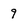
Character: 9